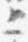
上